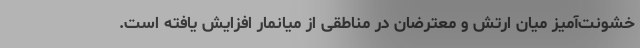
خشونت‌آمیز میان ارتش و معترضان در مناطقی از میانمار افزایش یافته است.